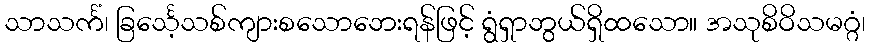
သာသင်္ကံ၊ ခြင်္သေ့သစ်ကျားစသောဘေးရန်ဖြင့် ရွံရှာဘွယ်ရှိထသော။ အသုစိဝိသမဂ္ဂံ၊